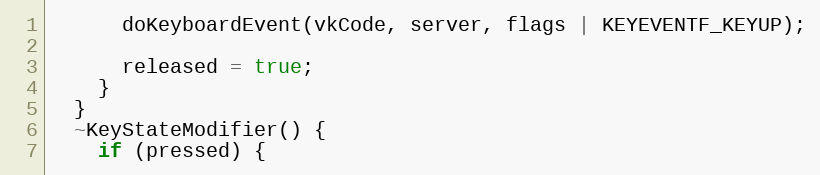
Language: C++
      doKeyboardEvent(vkCode, server, flags | KEYEVENTF_KEYUP);

      released = true;
    }
  }
  ~KeyStateModifier() {
    if (pressed) {